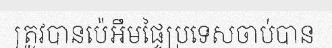
ត្រូវបានប៉េអឹមផ្ទៃប្រទេសចាប់បាន